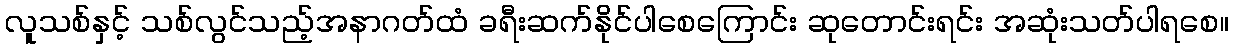
လူသစ်နှင့် သစ်လွင်သည့်အနာဂတ်ထံ ခရီးဆက်နိုင်ပါစေကြောင်း ဆုတောင်းရင်း အဆုံးသတ်ပါရစေ။